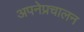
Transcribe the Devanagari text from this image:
अपनेप्रचालन